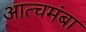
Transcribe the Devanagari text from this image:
आत्चमंबा